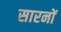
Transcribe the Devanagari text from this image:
सारनों